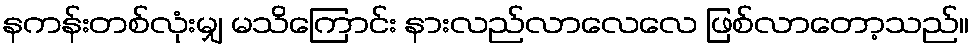
နကန်းတစ်လုံးမျှ မသိကြောင်း နားလည်လာလေလေ ဖြစ်လာတော့သည်။